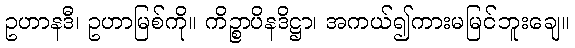
ဥဟာနဒီ၊ ဥဟာမြစ်ကို။ ကိဉ္စာပိနဒိဋ္ဌာ၊ အကယ်၍ကားမမြင်ဘူးချေ။